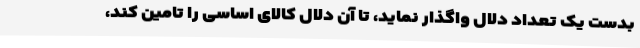
بدست یک تعداد دلال واگذار نماید، تا آن دلال کالای اساسی را تامین کند،